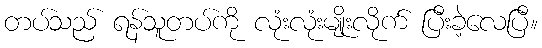
တပ်သည် ရန်သူတပ်ကို လုံးလုံးမျိုးလိုက် ပြီးခဲ့လေပြီ။